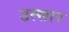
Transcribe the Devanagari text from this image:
उत्सार